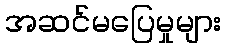
အဆင်မပြေမှုများ